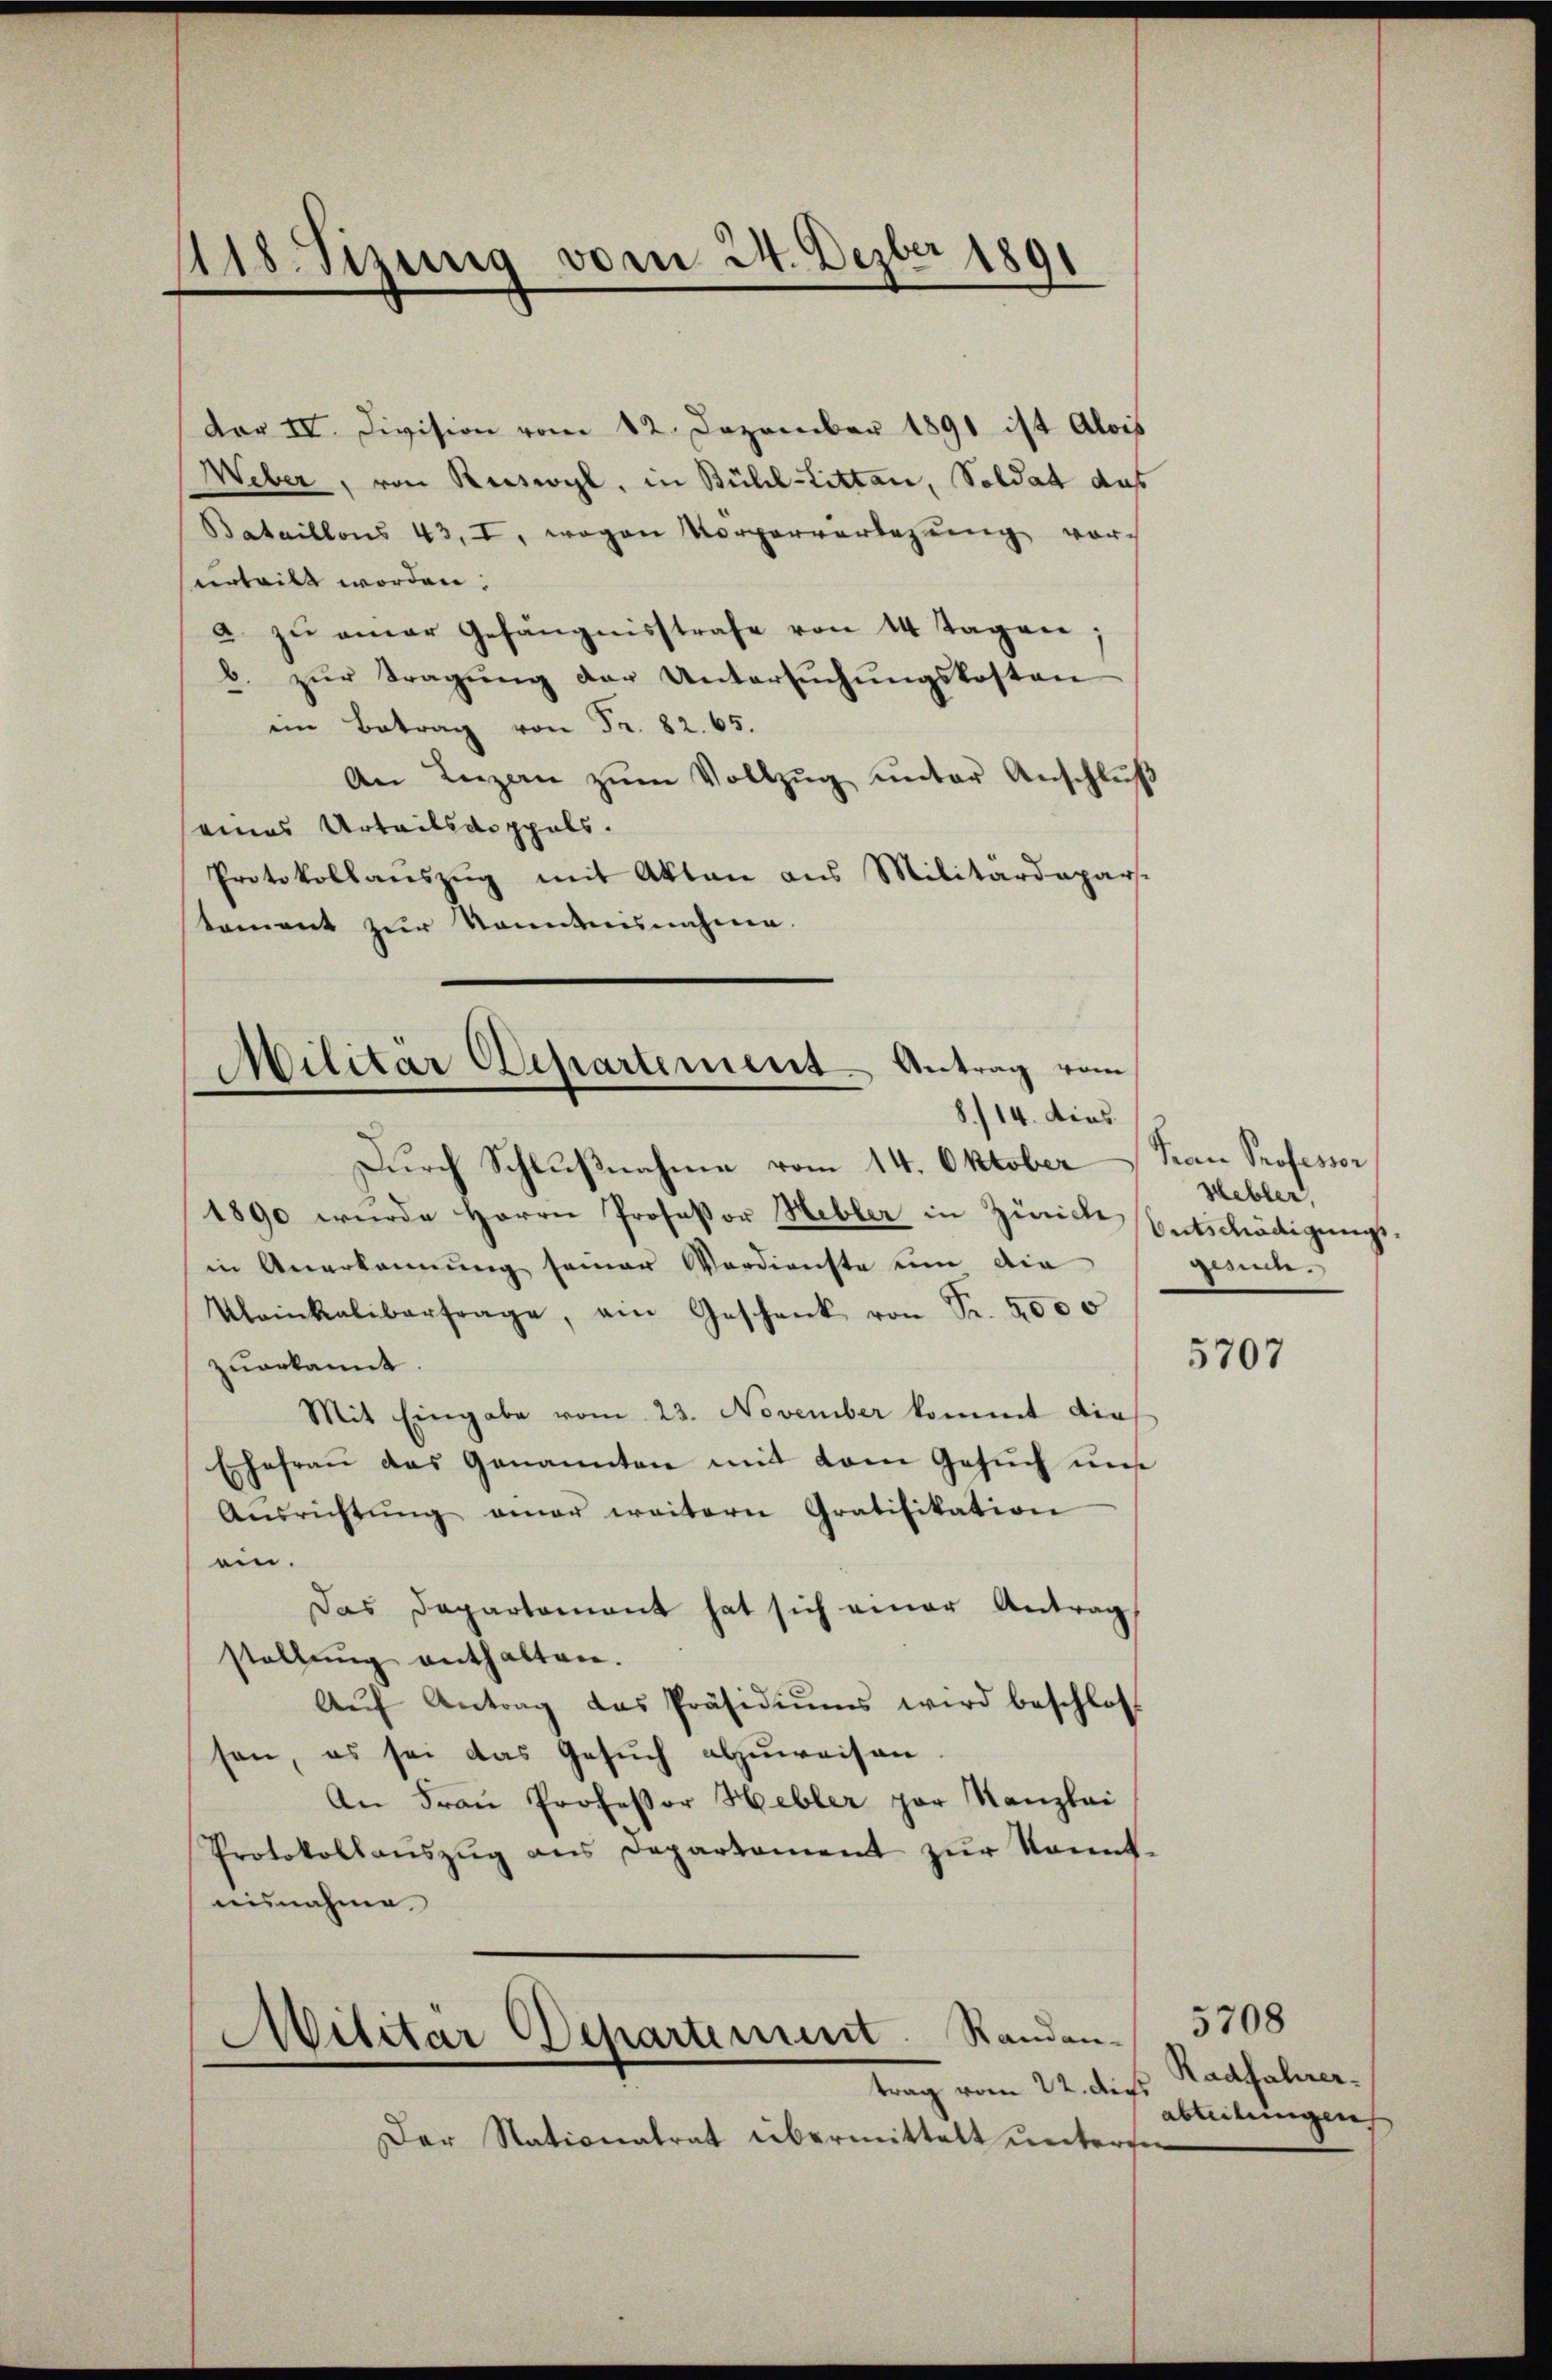
118. Sizung vom 24. Dezbr 1891

Dar IV. Division vom 12. Dezember 1891 ist Alois
Weber, von Ruswyl, in Bühl-Littan, Soldat das
Bataillons 43, I, wogen Vorperverlegung vor
hurteilt worden:
a zŭ einer Gefängnisstrafe von 14 Tagen.
b. zŭr Tragŭng der Untersŭchŭngskosten
im Betrag von Fr. 82. 65.
An Luzern zŭm Vollzŭg ŭnter Anschlŭβ
seines Urteils doppels.
Protokollauszug mit Akten aus Militärdepar-
tement zur Kenntnisnahme.

Militär Departement. Antrag vom
8./14. dies
Durch Schlußnahme vom 14. Oktober Frau Professor

1890 wurde Herrn Professor Hebler in Zürich Entschädigungsin Anerkannung seiner Verdienste um die
Kleinkalibertrage, ein Geschenk von Fr. 2000
zuerkannt.
Mit Eingabe vom 23. November kommt die
Ehefraṅ das Genannten mit vom Gesŭch ŭns
Aŭsrichtŭng amer weitern Gratifikation
ein.
Das Departement hat sich einer Antrag,
stellŭng enthalten.
Aŭf Antrag das Präsidiŭms wird beschloss
sen, es sei das Gesuch abzuweisen
An Frau Professor Hebler par Kanzlei
Protokollaŭszŭg ans Departament zŭr kannt-
eisnahme.

Militar Departement. Randantrag vom 22. die

Der Stationalrat übermittelt untersie

sebler,
mie.

5707

5708
Radfahrerabteilungen